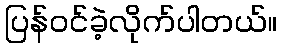
ပြန်ဝင်ခဲ့လိုက်ပါတယ်။